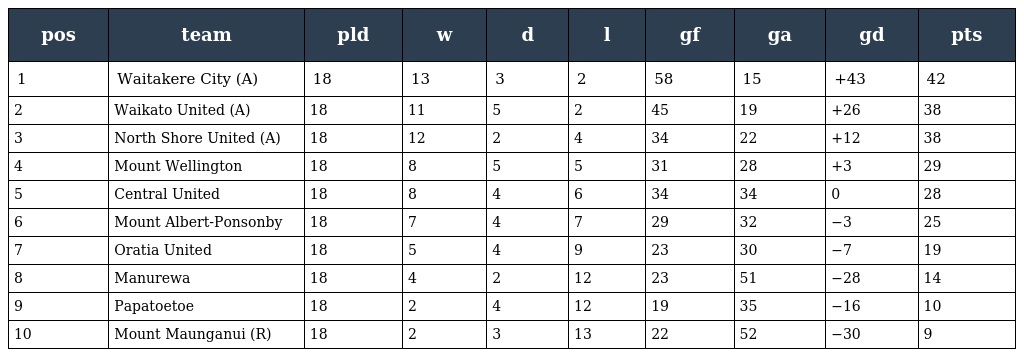
| pos | team | pld | w | d | l | gf | ga | gd | pts |
 | --- | --- | --- | --- | --- | --- | --- | --- | --- | --- |
 | 1 | Waitakere City (A) | 18 | 13 | 3 | 2 | 58 | 15 | +43 | 42 |
 | 2 | Waikato United (A) | 18 | 11 | 5 | 2 | 45 | 19 | +26 | 38 |
 | 3 | North Shore United (A) | 18 | 12 | 2 | 4 | 34 | 22 | +12 | 38 |
 | 4 | Mount Wellington | 18 | 8 | 5 | 5 | 31 | 28 | +3 | 29 |
 | 5 | Central United | 18 | 8 | 4 | 6 | 34 | 34 | 0 | 28 |
 | 6 | Mount Albert-Ponsonby | 18 | 7 | 4 | 7 | 29 | 32 | −3 | 25 |
 | 7 | Oratia United | 18 | 5 | 4 | 9 | 23 | 30 | −7 | 19 |
 | 8 | Manurewa | 18 | 4 | 2 | 12 | 23 | 51 | −28 | 14 |
 | 9 | Papatoetoe | 18 | 2 | 4 | 12 | 19 | 35 | −16 | 10 |
 | 10 | Mount Maunganui (R) | 18 | 2 | 3 | 13 | 22 | 52 | −30 | 9 |